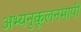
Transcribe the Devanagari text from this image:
अभ्यनुकूलनमापी